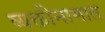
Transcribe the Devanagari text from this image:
व्यक्तीनामात